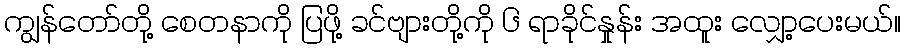
ကျွန်တော်တို့ စေတနာကို ပြဖို့ ခင်ဗျားတို့ကို ၆ ရာခိုင်နှုန်း အထူး လျှော့ပေးမယ်။